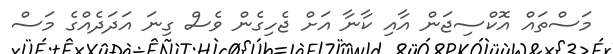
މަސްތައް އޮކްސިޖަން އާއި ކާނާ އަށް ޖެހިގެން ވެސް ގިނަ އަދަދެއްގެ މަސް